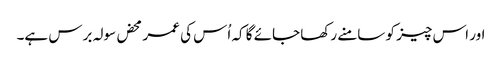
اور اس چیز کو سامنے رکھا جائے گا کہ اُس کی عمر محض سولہ برس ہے۔